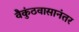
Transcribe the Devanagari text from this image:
वैकुंठवासानंतर